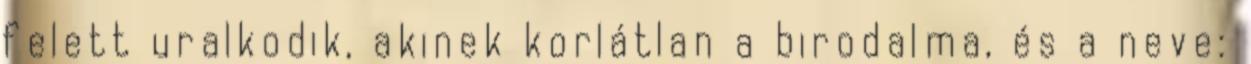
felett uralkodik, akinek korlátlan a birodalma, és a neve: